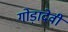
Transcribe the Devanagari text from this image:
गोड़ादेवी